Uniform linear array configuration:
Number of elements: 32
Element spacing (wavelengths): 0.75
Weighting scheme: hamming
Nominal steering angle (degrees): -45
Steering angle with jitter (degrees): -43.538
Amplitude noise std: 0.05
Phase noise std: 0.05

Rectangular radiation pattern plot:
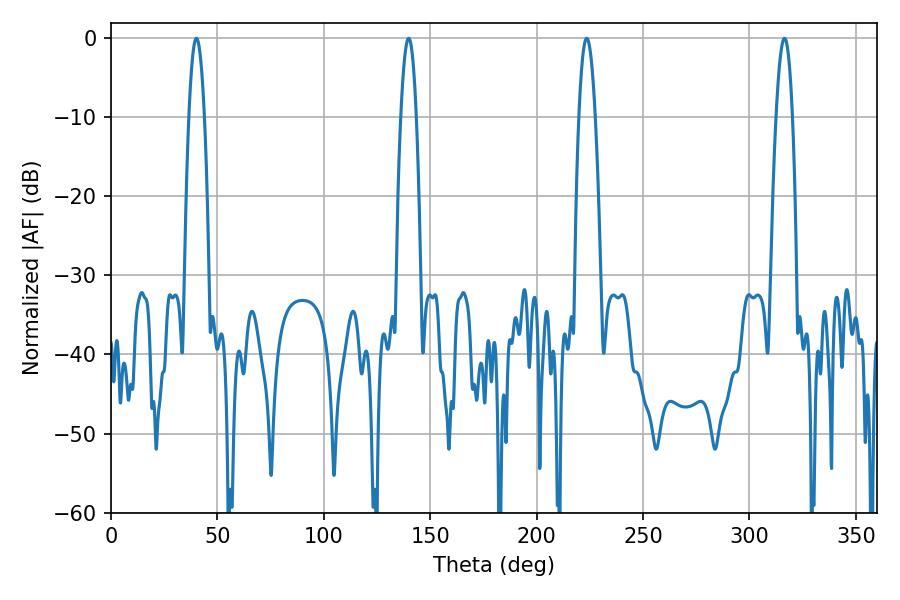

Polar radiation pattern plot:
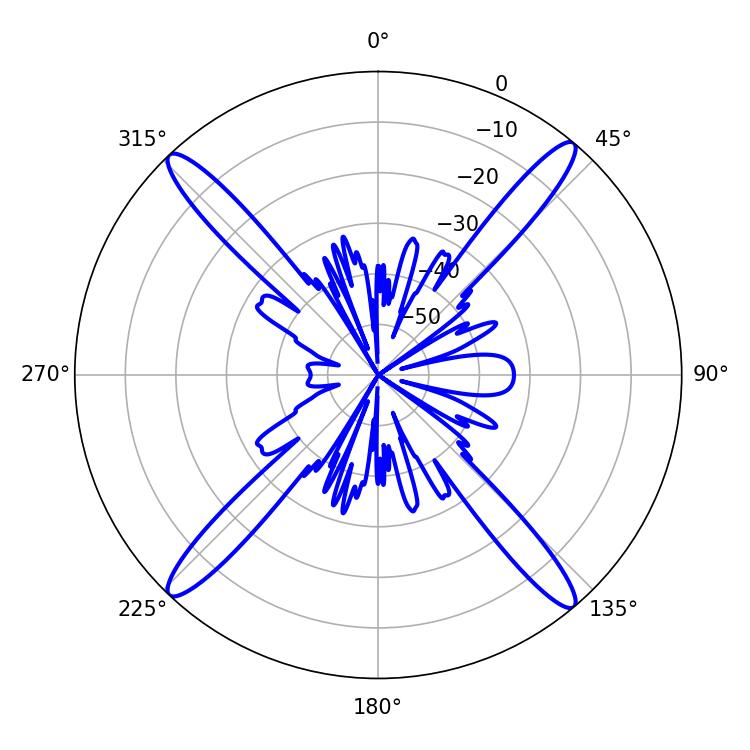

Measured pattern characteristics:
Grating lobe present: TRUE
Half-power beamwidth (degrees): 3.96
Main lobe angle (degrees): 40.14